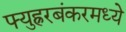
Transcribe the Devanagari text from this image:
फ्युह्ररबंकरमध्ये